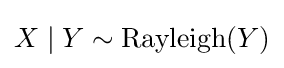
X\mid Y\sim \operatorname {Rayleigh} (Y)